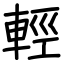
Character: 輕